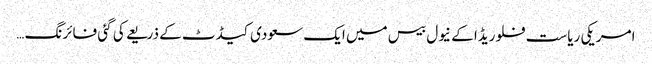
امریکی ریاست فلوریڈا کے نیول بیس میں ایک سعودی کیڈٹ کے ذریعے کی گئی فائرنگ …